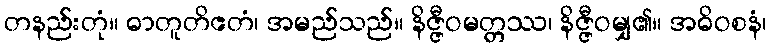
တနည်းတုံ။ ဓာတူတိဧတံ၊ အမည်သည်။ နိဇ္ဇီဝမတ္တဿ၊ နိဇ္ဇီဝမျှ၏။ အဓိဝစနံ၊